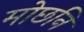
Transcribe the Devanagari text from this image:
मोछनि